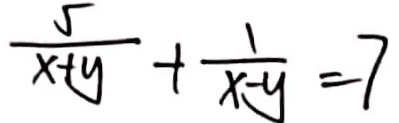
\frac { 5 } { x + y } + \frac { 1 } { x - y } = 7